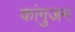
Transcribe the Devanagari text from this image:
कांगुजम